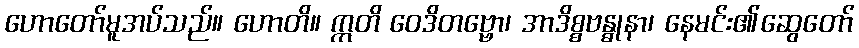
ဟောတော်မူအပ်သည်။ ဟောတိ။ ဣတိ ဝေဒိတဗ္ဗော၊ အာဒိစ္စဗန္ဓုနာ၊ နေမင်း၏ဆွေတော်